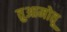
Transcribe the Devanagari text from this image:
तुआमोतू